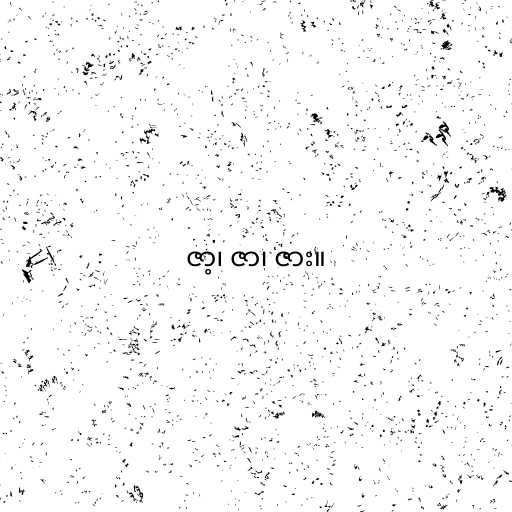
ဇာ့၊ ဇာ၊ ဇား။